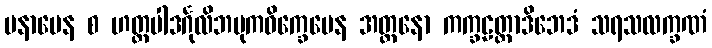
မနာပေန စ ဟတ္ထပါဒင်္ဂုလိဘမုကဝိက္ခေပေန အတ္တနော ကက္ခဠတ္တာဒိဘေဒံ သရသလက္ခဏံ